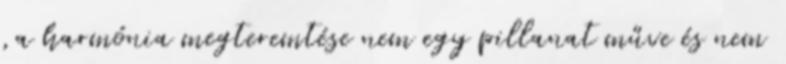
,a harmónia megteremtése nem egy pillanat műve és nem